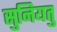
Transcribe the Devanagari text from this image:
सुनियतु